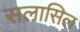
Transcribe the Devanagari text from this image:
सलासिल